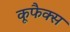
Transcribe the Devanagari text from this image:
कूफैक्स